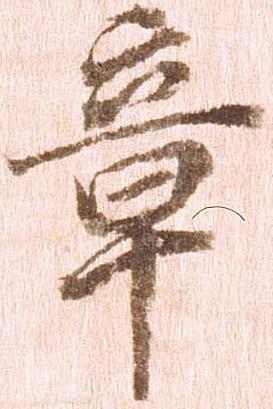
章